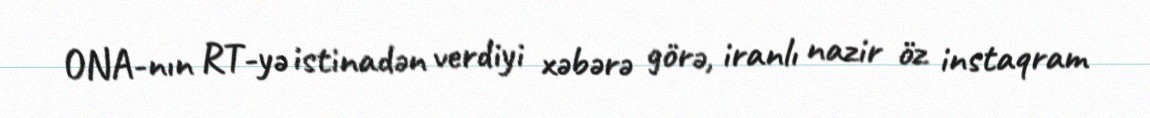
ONA-nın RT-yə istinadən verdiyi xəbərə görə, iranlı nazir öz instaqram